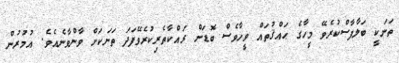
ތަނަކީ ބަލާފާސްކުރެވޭ މީހާގެ ޙައްޤުތައް ވީހާވެސް ބޮޑަށް ރައްކާތެރިކުރެވޭފަދަ ތަނަކަށް ވާންވާނެއެވެ. އުމުރުން